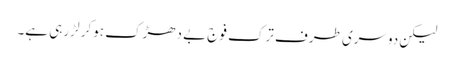
لیکن دوسری طرف ترک فوج بے دھڑک ہوکر لڑ رہی ہے۔